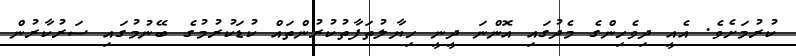
ކުރުމަށެވެ. އެއީ ދިވެހިންގެ މެދުގައި އޮންނަ ދީނީ ހިޔާލުތަފާތުކުރުންތައް ކުޑަކުރުމުގެ ބޭނުމުގައި ސަރުކާރުން